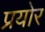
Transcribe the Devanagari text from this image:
प्रयोर